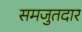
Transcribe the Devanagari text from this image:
समजुतदार